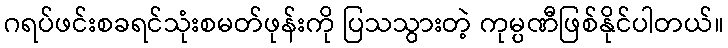
ဂရပ်ဖင်းစခရင်သုံးစမတ်ဖုန်းကို ပြသသွားတဲ့ ကုမ္ပဏီဖြစ်နိုင်ပါတယ်။